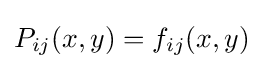
P_{ij}(x,y)=f_{ij}(x,y)